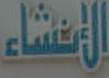
الإنشاء